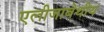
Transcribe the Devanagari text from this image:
एलीजाबेथीय